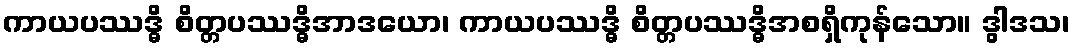
ကာယပဿဒ္ဓိ စိတ္တပဿဒ္ဓိအာဒယော၊ ကာယပဿဒ္ဓိ စိတ္တပဿဒ္ဓိအစရှိကုန်သော။ ဒွါဒသ၊